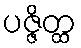
ပဇ္ဇိတ္ထ